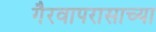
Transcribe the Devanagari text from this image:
गैरवापरासाच्या